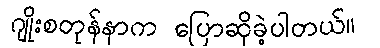
ဂျိုးစတုန်နာက ပြောဆိုခဲ့ပါတယ်။